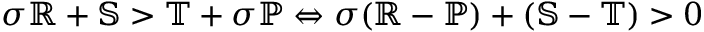
\sigma \mathbb { R } + \mathbb { S } > \mathbb { T } + \sigma \mathbb { P } \Leftrightarrow \sigma ( \mathbb { R } - \mathbb { P } ) + ( \mathbb { S } - \mathbb { T } ) > 0